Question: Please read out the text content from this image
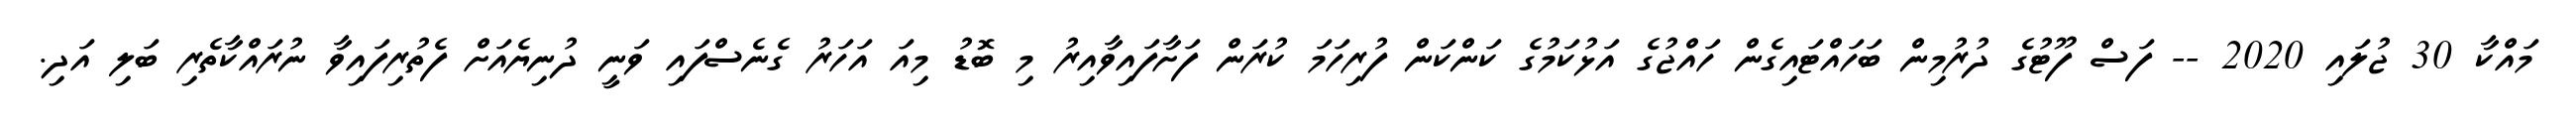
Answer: މައްކާ 30 ޖުލައި 2020 -- ފަސް ފޫޓުގެ ދުރުމިން ބަހައްޓައިގެން ހައްޖުގެ އަޅުކަމުގެ ކަންކަން ފުރިހަމަ ކުރަން ފަށާފައިވާއިރު މި ބޮޑު މިއަ އަހަރު ގެނެސްފައި ވަނީ ދުނިޔެއަށް ފެތުރިފައިވާ ނުރައްކާތެރި ބަލި އަދި.